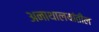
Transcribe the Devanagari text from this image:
अनाथालयांतील